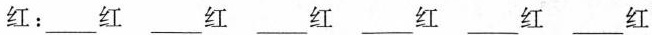
红：___红 ___红 ___红 ___红 ___红 ___红